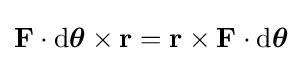
\mathbf {F} \cdot \mathrm {d} {\boldsymbol {\theta }}\times \mathbf {r} =\mathbf {r} \times \mathbf {F} \cdot \mathrm {d} {\boldsymbol {\theta }}